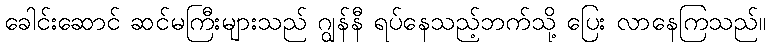
ခေါင်းဆောင် ဆင်မကြီးများသည် ဂျွန်နီ ရပ်နေသည့်ဘက်သို့ ပြေး လာနေကြသည်။